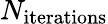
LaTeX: N_{\textrm{iterations}}